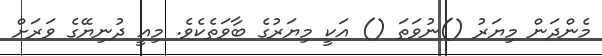
މެންދަން މިޔަރު ()ނުވަތަ () އަކީ މިޔަރުގެ ބާވަތެކެވެ. މިއީ ދުނިޔޭގެ ވަރަށް